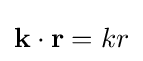
{\textstyle \mathbf {k} \cdot \mathbf {r} =kr}